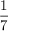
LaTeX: \frac { 1 } { 7 }